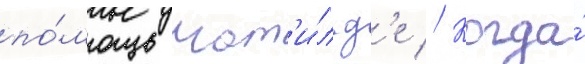
по́мощь мат'и́льд'е // Когда́